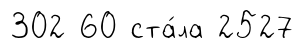
302 60 ста́ла 2527